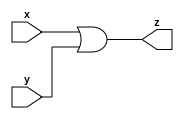
`timescale 1ns / 1ps

module or_gate(input wire x, input wire y, output wire z);

//input x, y;
//output z;

assign z = x | y;

endmodule